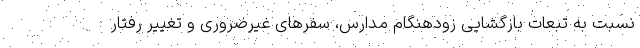
نسبت به تبعات بازگشایی زودهنگام مدارس، سفرهای غیرضروری و تغییر رفتار